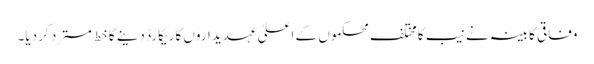
وفاقی کابینہ نے نیب کا مختلف محکموں کے اعلیٰ عہدیداروں کا ریکارڈ دینے کا خط مسترد کر دیا۔